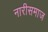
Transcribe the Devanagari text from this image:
नारीसमाज